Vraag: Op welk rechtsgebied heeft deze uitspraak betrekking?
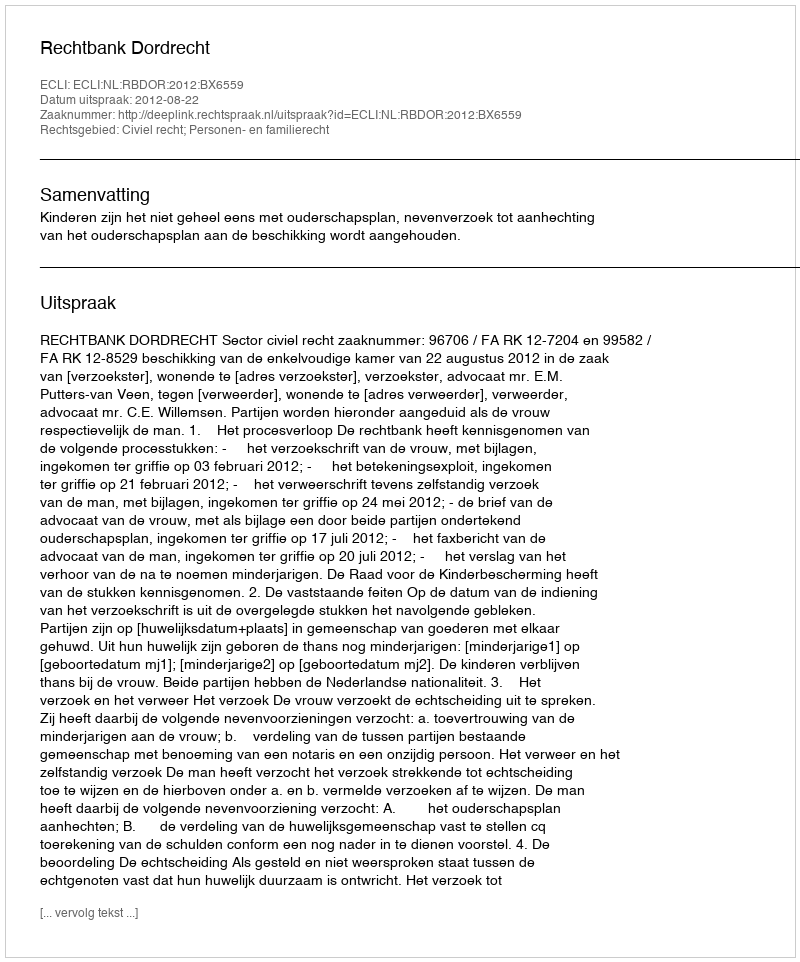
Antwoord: Civiel recht; Personen- en familierecht